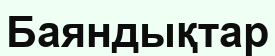
Баяндықтар